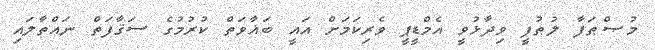
މުޞްޠަފާ ލުޠުފީ ވިދާޅުވީ އެމްޑީޕީ ވެރިކަމަށް އައީ ބަޣާވަތް ކުރުމުގެ ސަޤާފަތް ނައްތާލައި